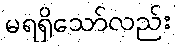
မရရှိသော်လည်း